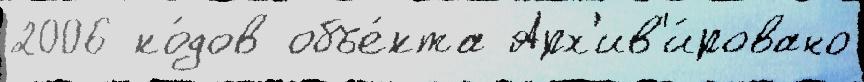
2006 ко́дов объе́кта Арх'ив'и́ровано